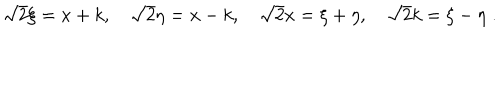
LaTeX: \sqrt { 2 } \xi = x + k , \quad \sqrt { 2 } \eta = x - k , \quad \sqrt { 2 } x = \xi + \eta , \quad \sqrt { 2 } k = \xi - \eta \; .